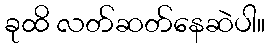
ခုထိ လတ်ဆတ်နေဆဲပါ။